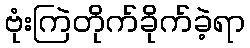
ဗုံးကြဲတိုက်ခိုက်ခဲ့ရာ